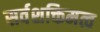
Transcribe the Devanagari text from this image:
सर्वशक्तिमत्व